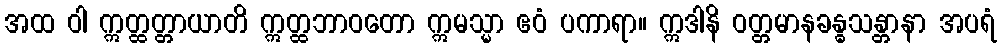
အထ ဝါ ဣတ္ထတ္တာယာတိ ဣတ္ထဘာဝတော ဣမသ္မာ ဧဝံ ပကာရာ။ ဣဒါနိ ဝတ္တမာနခန္ဓသန္တာနာ အပရံ